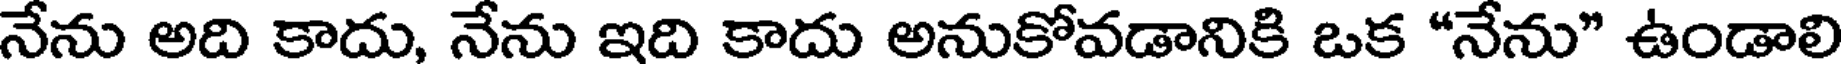
నేను అది కాదు, నేను ఇది కాదు అనుకోవడానికి ఒక "నేను" ఉండాలి